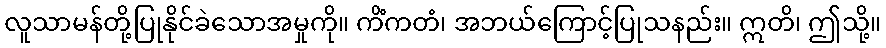
လူသာမန်တို့ပြုနိုင်ခဲသောအမှုကို။ ကိံကတံ၊ အဘယ်ကြောင့်ပြုသနည်း။ ဣတိ၊ ဤသို့။